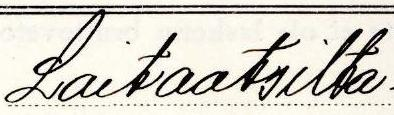
Laitaatsilta